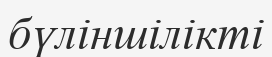
бүліншілікті